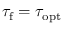
\tau _ { \mathrm { f } } = \tau _ { \mathrm { o p t } }